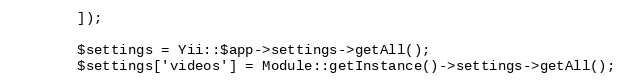
Language: PHP
        ]);

        $settings = Yii::$app->settings->getAll();
        $settings['videos'] = Module::getInstance()->settings->getAll();